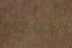
أسواء